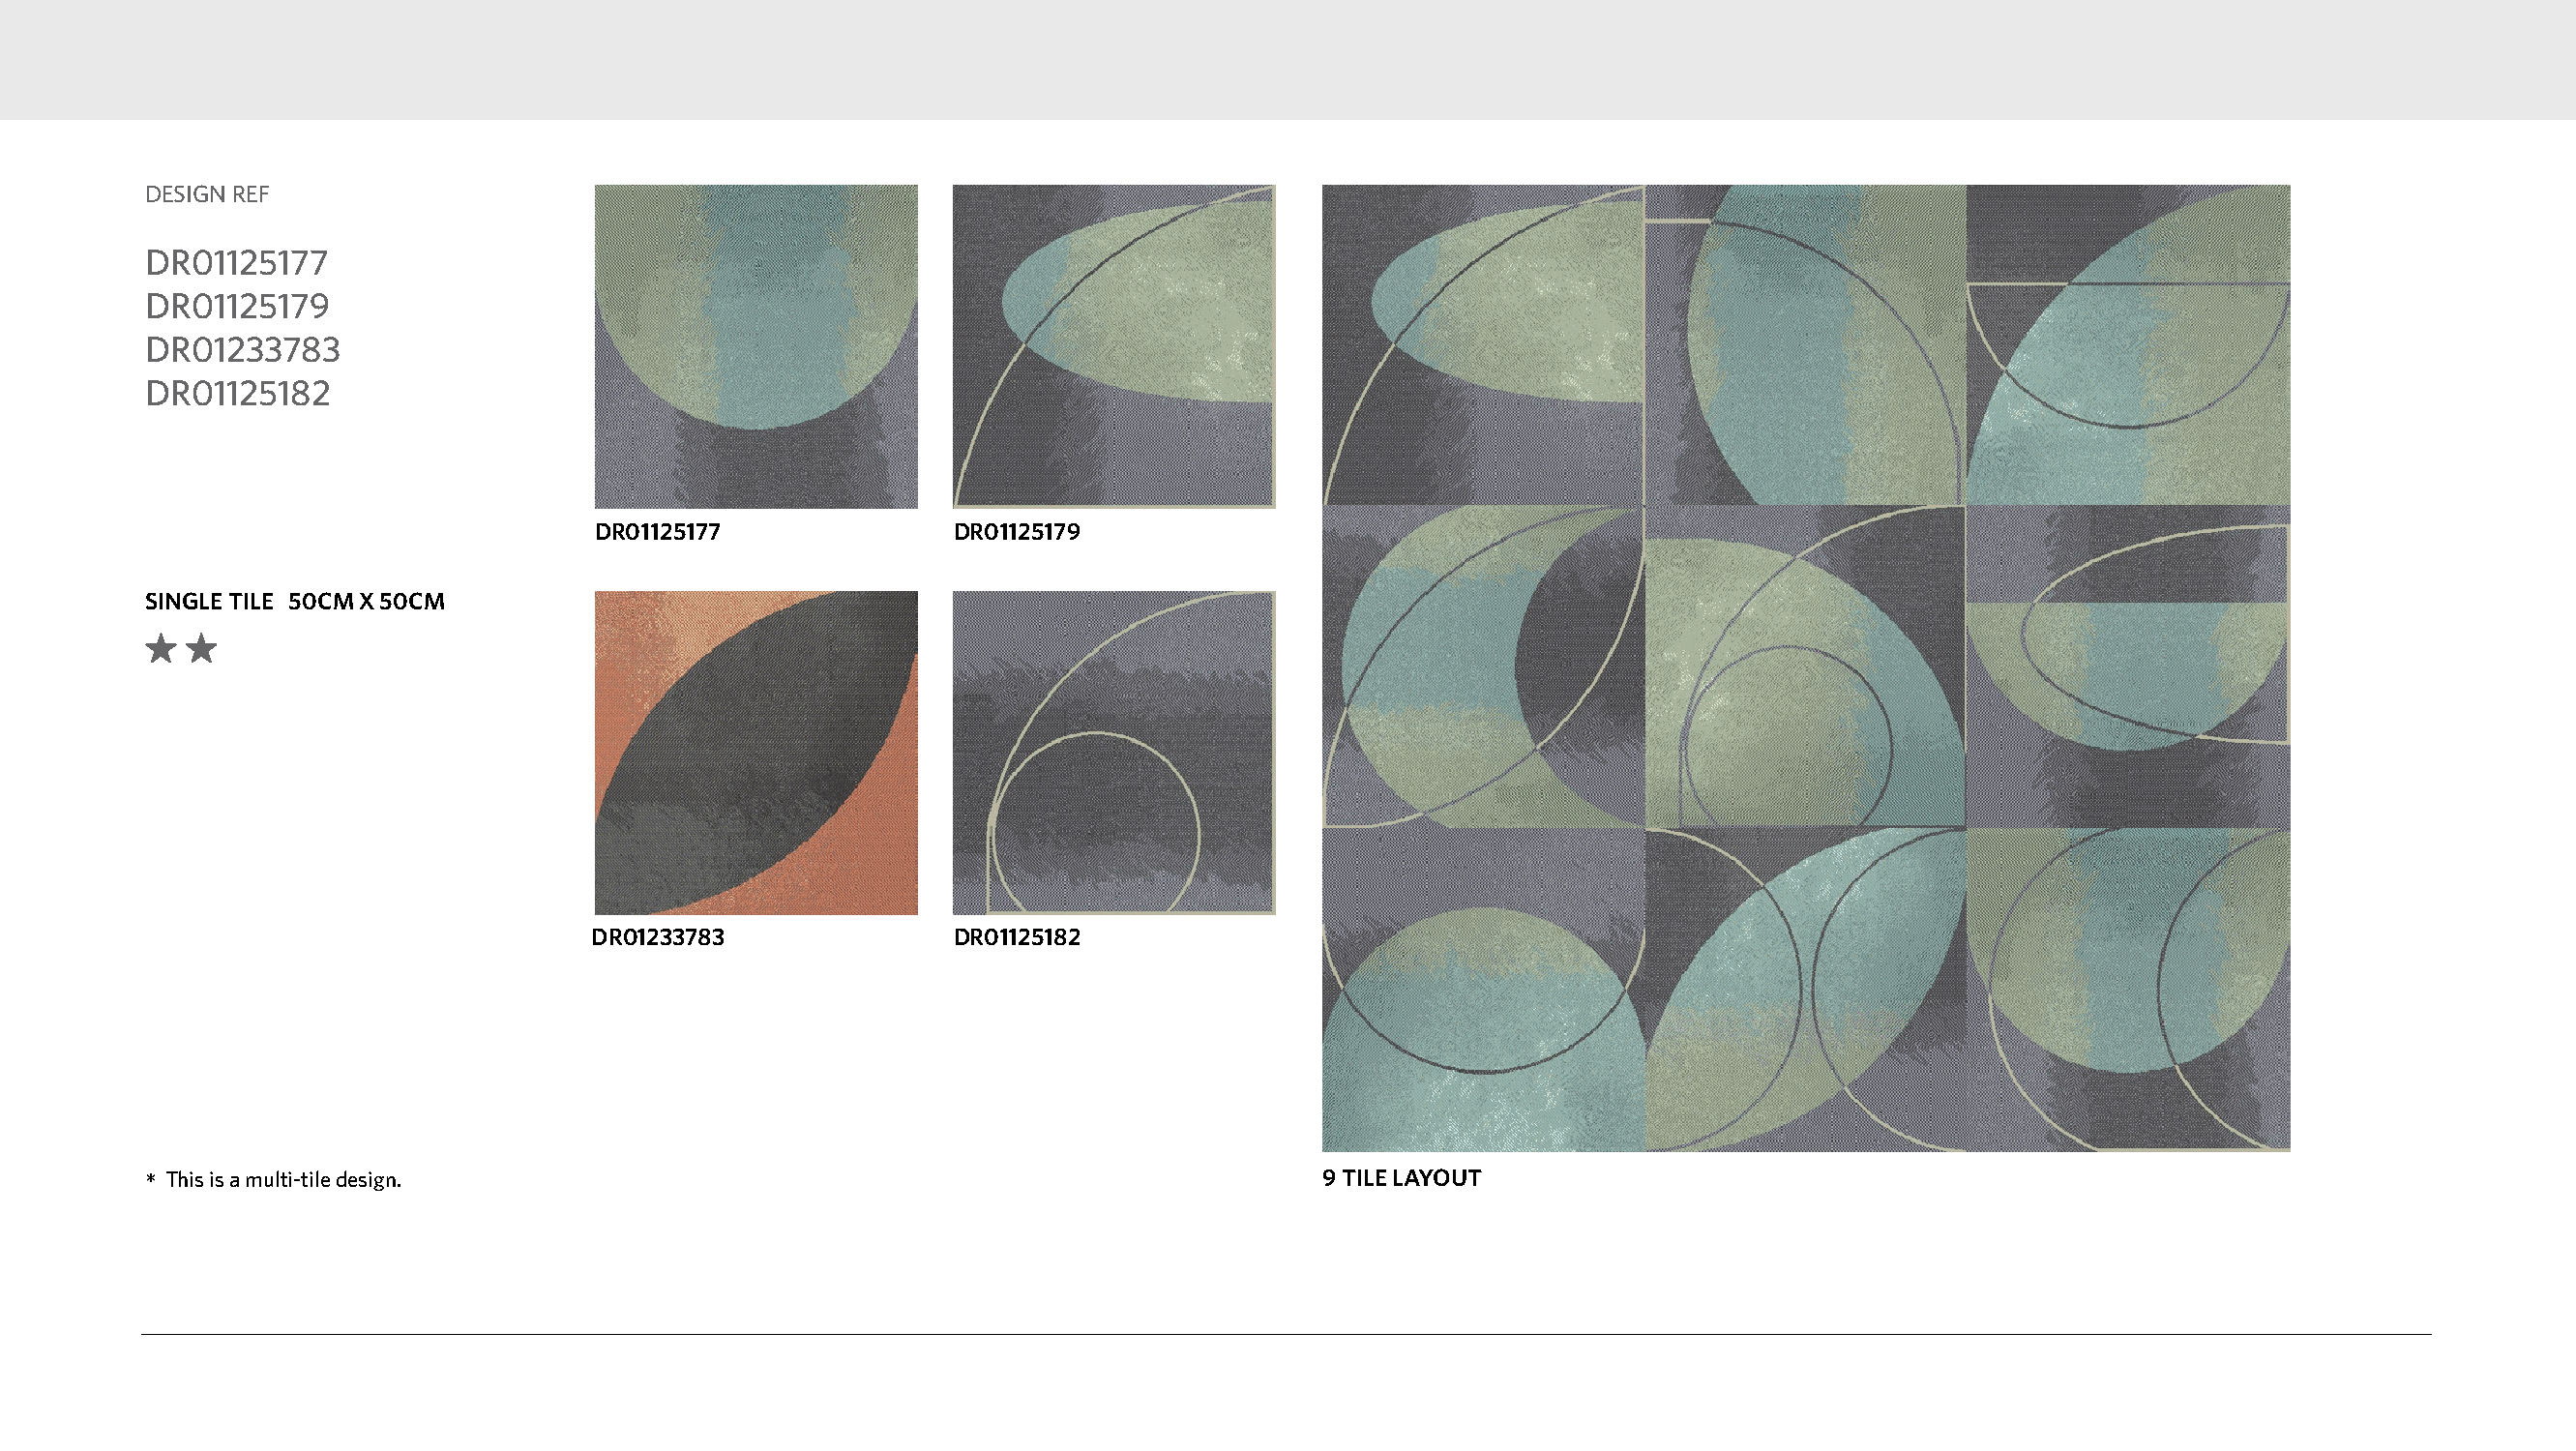
DESIGN REF
 DR01125177
 DR01125179
 DR01233783
 DR01125182
 DR01125177              DR01125179
 SINGLE TILE 50CM X 50CM
 DR01233783               DR01125182
 *This is a multi-tile design.                                                    9 TILE LAYOUT